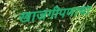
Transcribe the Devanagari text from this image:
खाजगीपणाचा